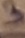
Text: 3